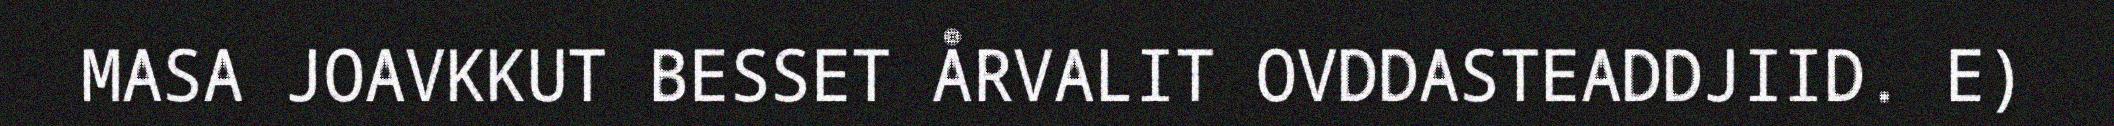
MASA JOAVKKUT BESSET ÅRVALIT OVDDASTEADDJIID. E)